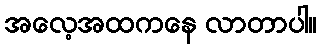
အလေ့အထကနေ လာတာပါ။